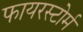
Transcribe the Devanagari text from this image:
फायरस्टोर्म